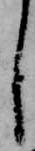
し